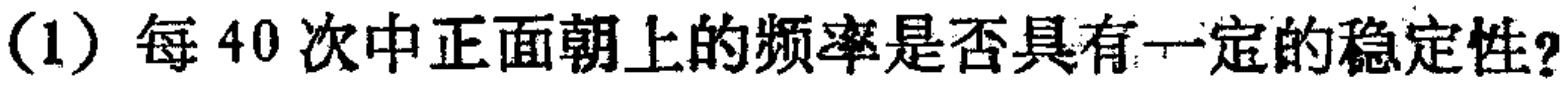
(1) 每40次中正面朝上的频率是否具有一定的稳定性?